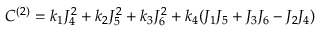
C ^ { ( 2 ) } = k _ { 1 } J _ { 4 } ^ { 2 } + k _ { 2 } J _ { 5 } ^ { 2 } + k _ { 3 } J _ { 6 } ^ { 2 } + k _ { 4 } ( J _ { 1 } J _ { 5 } + J _ { 3 } J _ { 6 } - J _ { 2 } J _ { 4 } )